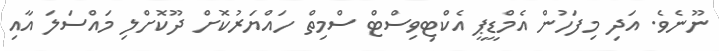
ނޫނެވެ. އަދި މިފަހުން އެމްޑީޕީ އެކްޓިވިސްޓް ސްމިތް ހައްޔަރުކޮށް ދޫކޮށްލި މައްސަލަ އާއި